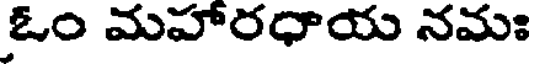
ఓం మహారధాయ నమః